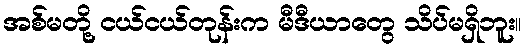
အစ်မတို့ ငယ်ငယ်တုန်းက မီဒီယာတွေ သိပ်မရှိဘူး။